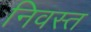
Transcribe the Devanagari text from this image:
निवस्त